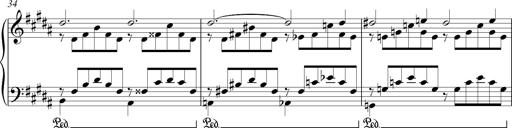
Title: LiebestrÃ¤ume
Composer: Franz Behr
Key: E-flat major